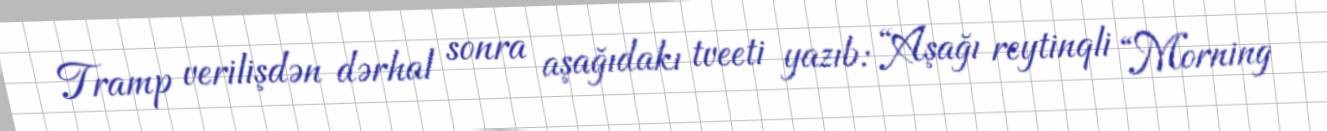
Tramp verilişdən dərhal sonra aşağıdakı tveeti yazıb: “Aşağı reytinqli “Morning